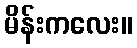
မိန်းကလေး။